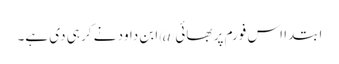
ابتدا اس فورم پر بھائی @ابن داود نے کر ہی دی ہے۔